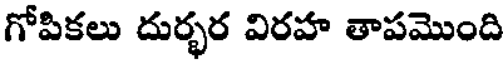
గోపికలు దుర్భర విరహ తాపమొంది